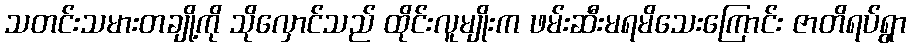
သတင်းသမားတချို့ကို သိုလှောင်သည် ထိုင်းလူမျိုးက ဖမ်းဆီးမရမိသေးကြောင်း ဇာတိရပ်ရွာ